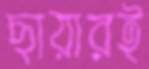
ছায়ারই